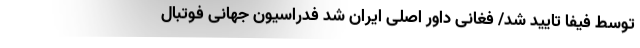
توسط فیفا تایید شد/ فغانی داور اصلی ایران شد فدراسیون جهانی فوتبال